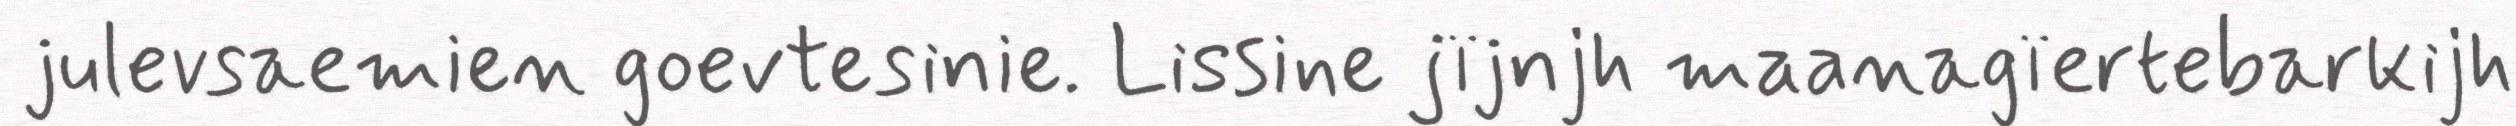
julevsaemien goevtesinie. Lissine jïjnjh maanagïertebarkijh